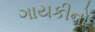
ગાયકીનો